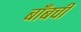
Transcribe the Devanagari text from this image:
बाँबची